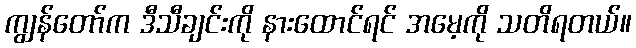
ကျွန်တော်က ဒီသီချင်းကို နားထောင်ရင် အမေ့ကို သတိရတယ်။